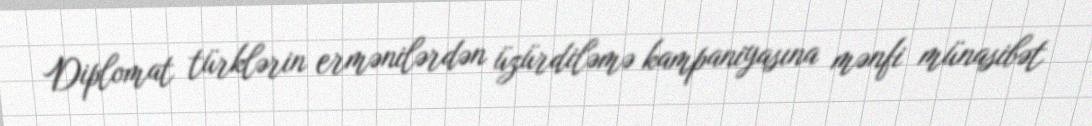
Diplomat türklərin ermənilərdən üzürdiləmə kampaniyasına mənfi münasibət